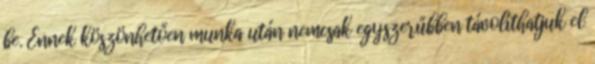
be. Ennek köszönhetően munka után nemcsak egyszerűbben távolíthatjuk el